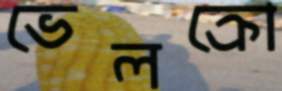
ভেলক্রো